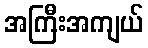
အကြီးအကျယ်